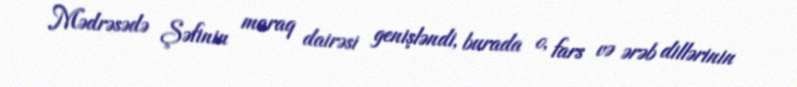
Mədrəsədə Şəfinin maraq dairəsi genişləndi, burada o, fars və ərəb dillərinin